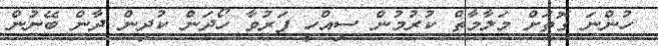
ހުންނަ ގޮތަށް މަލާމާތް ކުރުމުން ސިއްހީ ފަރުވާ ހޯދަން ކުދިން ދާން ބޭނުން